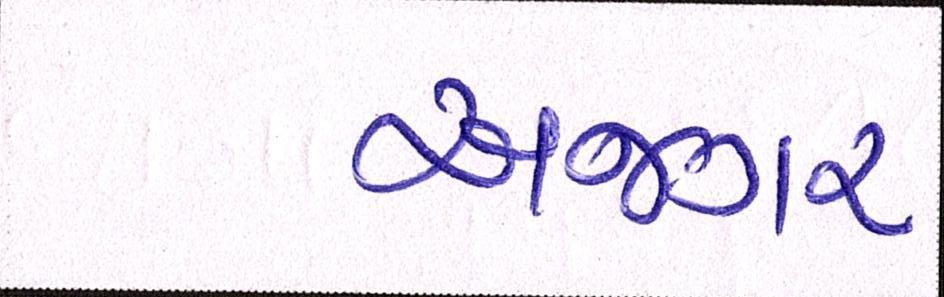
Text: અજગર